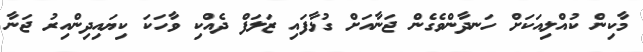
މާކިން ކުއްލިއަކަށް ހަނދާންވެގެން ޖަނާއަށް ގުޅާފައި ޒަލަފް ދެއްކި ވާހަކަ ކިޔައިދިންއިރު ޖަނާ